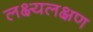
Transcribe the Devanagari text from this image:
लक्ष्यलक्षण